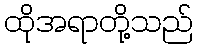
ထိုအရာတို့သည်